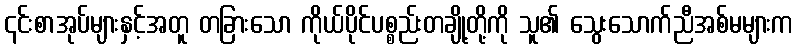
၎င်းစာအုပ်များနှင့်အတူ တခြားသော ကိုယ်ပိုင်ပစ္စည်းတချို့တို့ကို သူ၏ သွေးသောက်ညီအစ်မများက